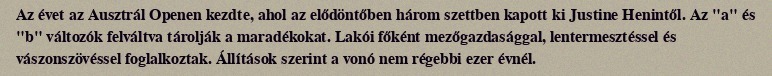
Az évet az Ausztrál Openen kezdte, ahol az elődöntőben három szettben kapott ki Justine Henintől. Az "a" és "b" változók felváltva tárolják a maradékokat. Lakói főként mezőgazdasággal, lentermesztéssel és vászonszövéssel foglalkoztak. Állítások szerint a vonó nem régebbi ezer évnél.